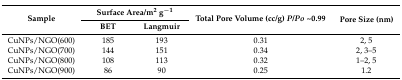
<table><thead><tr><td rowspan="2"><b>Sample</b></td><td colspan="2"><b>Surface Area/m<sup>2</sup> g<sup>−1</sup></b></td><td rowspan="2"><b>Total Pore Volume (cc/g) <i>P</i>/<i>Po</i> ~ 0.99</b></td><td rowspan="2"><b>Pore Size (nm)</b></td></tr><tr><td><b>BET</b></td><td><b>Langmuir</b></td></tr></thead><tbody><tr><td>CuNPs/NGO(600)</td><td>185</td><td>193</td><td>0.31</td><td>2, 5</td></tr><tr><td>CuNPs/NGO(700)</td><td>144</td><td>151</td><td>0.34</td><td>2, 3–5</td></tr><tr><td>CuNPs/NGO(800)</td><td>108</td><td>113</td><td>0.32</td><td>1–2, 5</td></tr><tr><td>CuNPs/NGO(900)</td><td>86</td><td>90</td><td>0.25</td><td>1.2</td></tr></tbody></table>